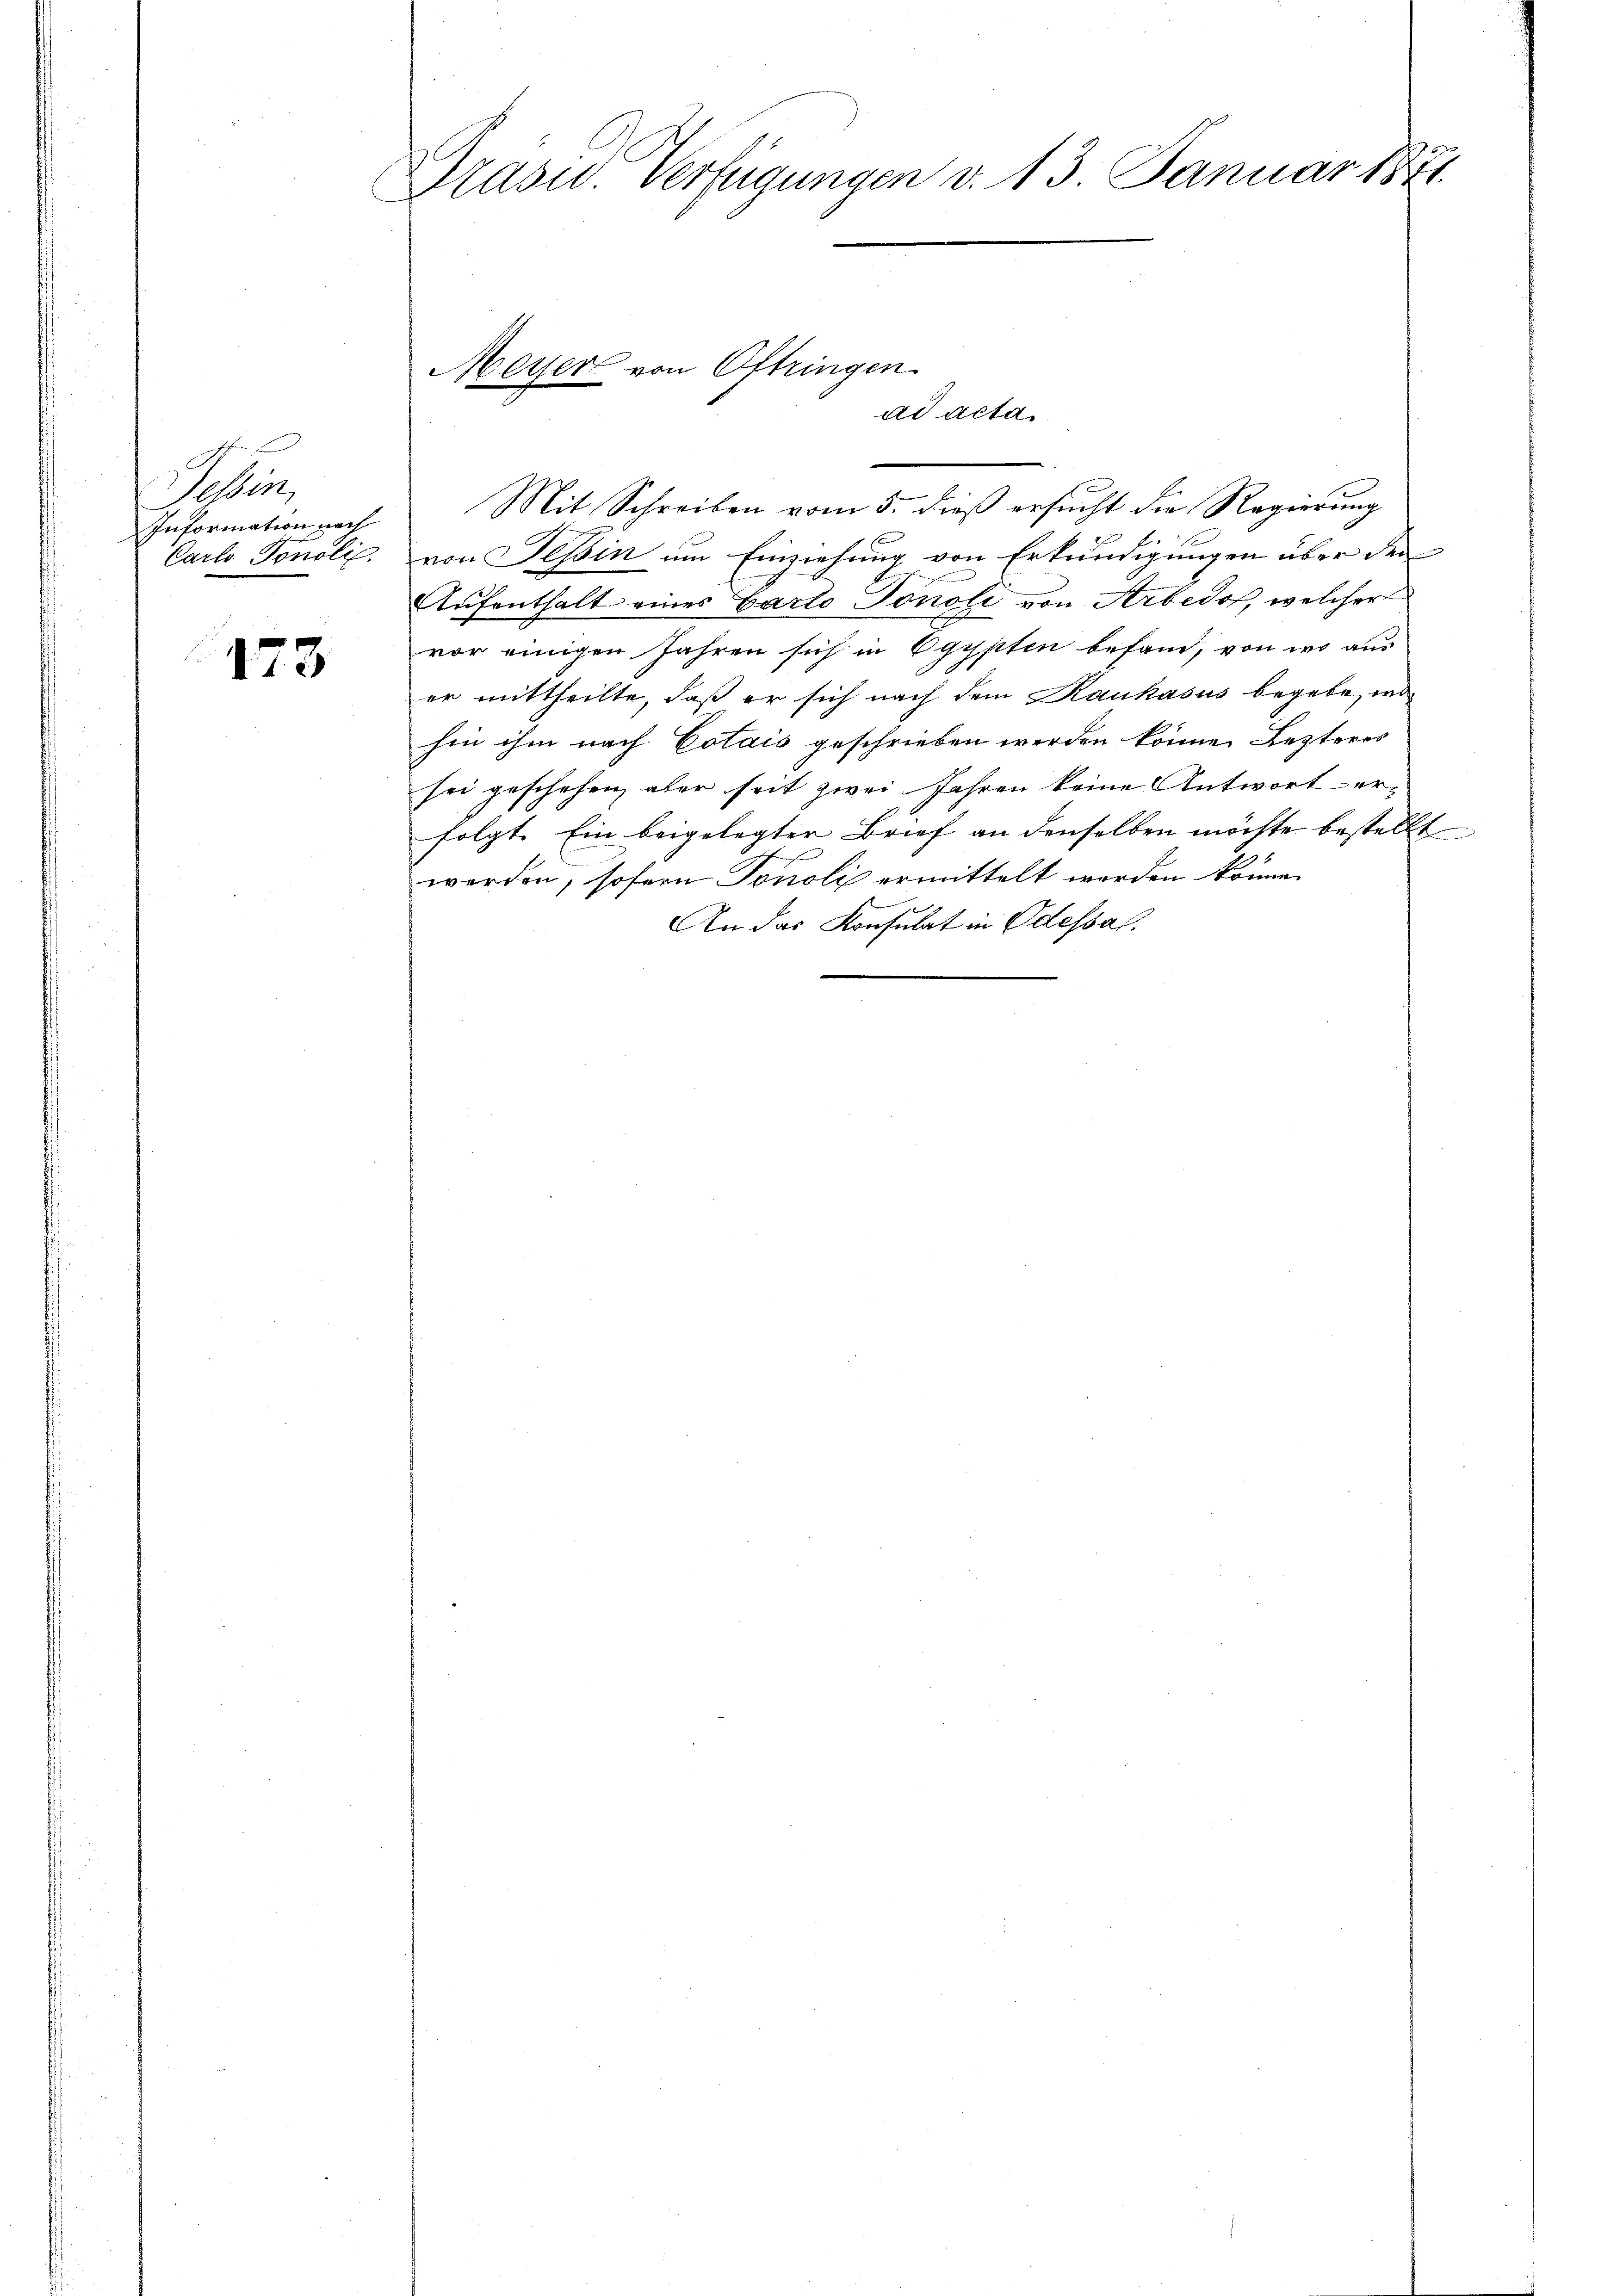
Sehen
Information nach
Carl Tonolie.

173

Drasu. Verfügungen v. 13. Januar 1871.

Meyer von Oftringen.
ad acta

Mit Schreiben vom 5. dieß ersucht die Regierung
von Tessin um Einziehung von Erkundigungen über den
Aufenthalt eines Barto Tonoli von Arbedos, welcher
vor einigen Jahren sich in Egypten befand, von wo aus
er mittheilte, daß er sich nach dem Kaukasus begebe, wohin ihm nach Cotais geschrieben werden könne. Lezteres
sei geschehen, aber seit zwei Jahren keine Antwort er-
folgt. Ein beigelegter Brief an denselben möchte bestellt
werden, sofern Tonoli ermittelt werden könne.
An das Konsulat in Odessal.